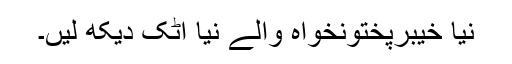
نیا خیبرپختونخواہ والے نیا اٹک دیکھ لیں۔